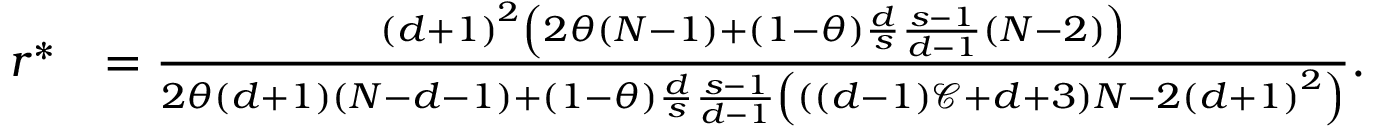
\begin{array} { r l } { r ^ { \ast } } & { = \frac { \left( d + 1 \right) ^ { 2 } \left( 2 \theta \left( N - 1 \right) + \left( 1 - \theta \right) \frac { d } { s } \frac { s - 1 } { d - 1 } \left( N - 2 \right) \right) } { 2 \theta \left( d + 1 \right) \left( N - d - 1 \right) + \left( 1 - \theta \right) \frac { d } { s } \frac { s - 1 } { d - 1 } \left( \left( \left( d - 1 \right) \mathcal { C } + d + 3 \right) N - 2 \left( d + 1 \right) ^ { 2 } \right) } . } \end{array}